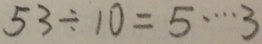
5 3 \div 1 0 = 5 \cdots 3